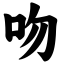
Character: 吻